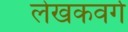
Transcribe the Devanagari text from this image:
लेखकवर्ग